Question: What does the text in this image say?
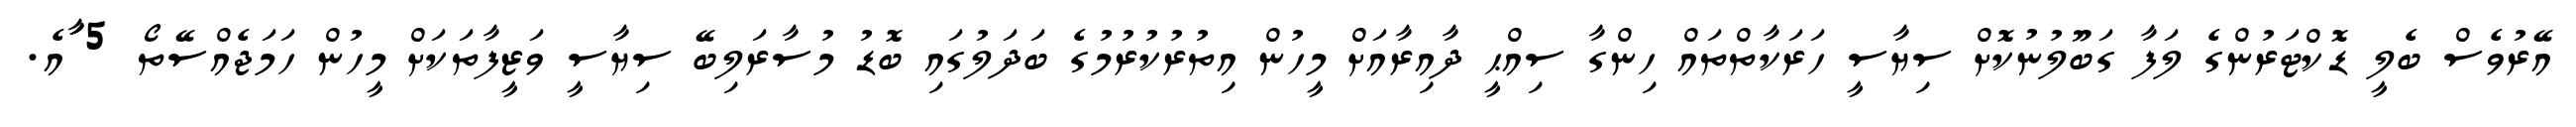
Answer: އޭރުވެސް ބެލީ ޑޮކްޓަރުންގެ ލަފާ ގަބޫލުނުކޮށް ސިޔާސީ ހަރަކާތްތައް ހިންގާ ސިއްޙީ ދާއިރާއަށް މީހުން އިތުރުކުރުމުގެ ބަދަލުގައި ބޮޑު މުސާރަލިބޭ ސިޔާސީ ވަޒީފާތަކަށް މީހުން ހަމަޖެއްސޭތޯ 5 ާަައެ.